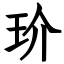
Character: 玠